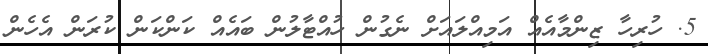
5. ހުރިހާ ޒިންމާއެއް އަމިއްލައަށް ނެގުން ހުއްޓާލުން ބައެއް ކަންކަން ކުރަން އެހެން